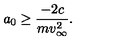
a _ { 0 } \ge \frac { - 2 c } { m v _ { \infty } ^ { 2 } } .